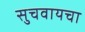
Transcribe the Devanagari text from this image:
सुचवायचा